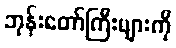
ဘုန်းတော်ကြီးများကို